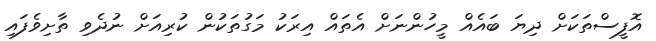
އޮފީސްތަކަށް ދިޔަ ބައެއް މީހުންނަށް އެތައް އިރަކު މަގުތަކުން ކުރިއަށް ނުދެވި ތާށިވެފައި